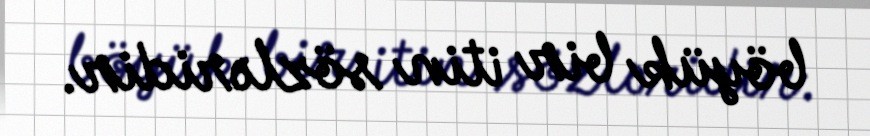
böyük bir itin sözləridir.